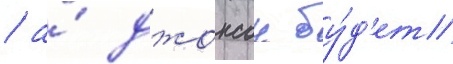
/ а́ джонсон бу́д'ет